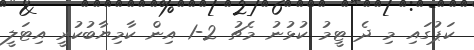
ކަޕުގައި މި ދެ ޓީމު ކުޅުނު މެޗު 2-1 އިން ކާމިޔާބުކުރީ އިޓަލީ